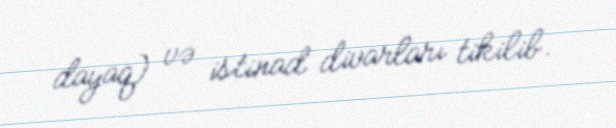
dayaq) və istinad divarları tikilib.